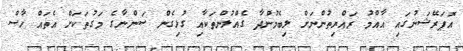
އޮޕަރޭޝަނުގައި އާއްމު ރައްޔިތުންނަށް ލިބެމުންދާ ގެއްލުންތަކާއި ގުޅިގެން ސަންނާގެ މަގުތަކަށް އެތައް ހާސް